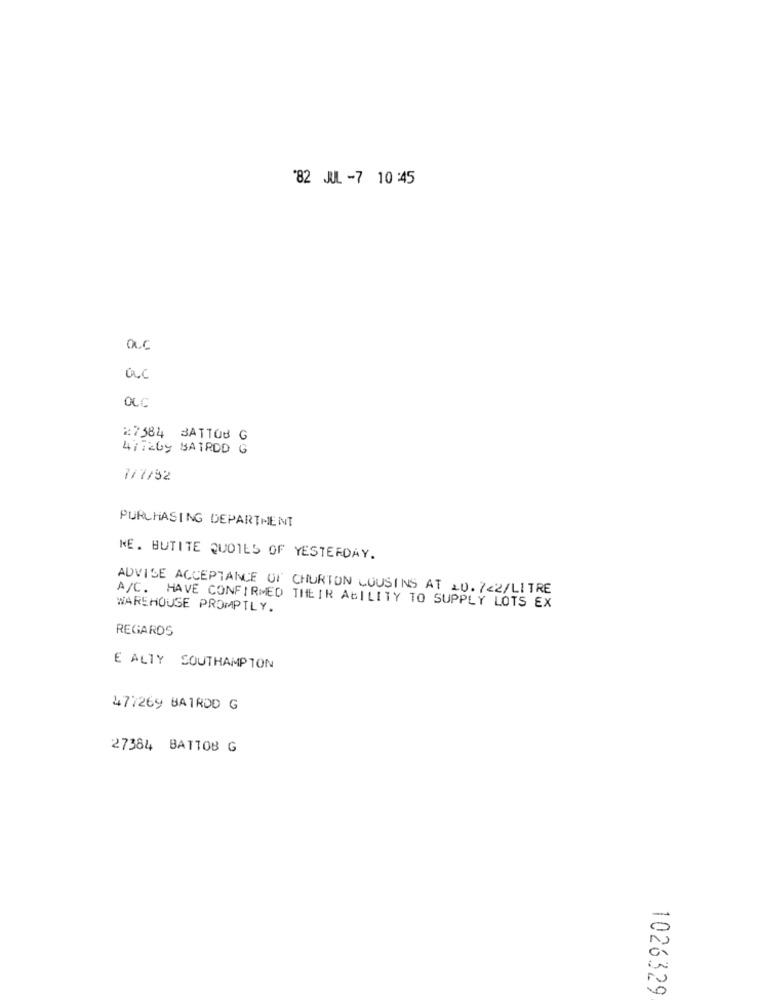
'82 JUL -7 10 :45
a.c
OLC
27584 BATTOB G
47726y BATROD G
7/7/82
PURCHASING DEPARTMENT
NE. BUTITE QUOTES OF YESTERDAY.
ADVISE ACCEPTANCE OF CHURTON COUSINS AT 20.7<2/LITRE
WAREHOUSE PROMPTLY.
A/C. HAVE CONFIRMED THEIR ABILITY TO SUPPLY LOTS EX
REGARDS
E ALTY SOUTHAMPTON
477269 BAIRDD G
27384 BATTOB G
-
0
1026329